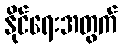
နိုင်ရေးအတွက်